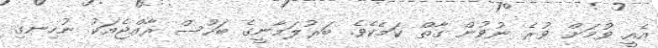
އެއީ ވުމަށް ވުރެ ނުވުން ގާތް ކަމެކެވެ. ބަރުލަމާނީގެ ބަހުސް ރާއްޖެއަކު ނުހިނގި